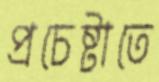
প্রচেষ্টাতে